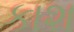
કાશ